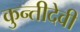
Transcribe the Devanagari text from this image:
कुन्तीदेवी